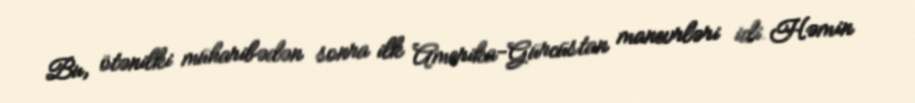
Bu, ötənilki müharibədən sonra ilk Amerika-Gürcüstan manevrləri idi. Həmin